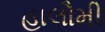
હાલૌમી